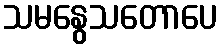
သမနွေသတောပေ